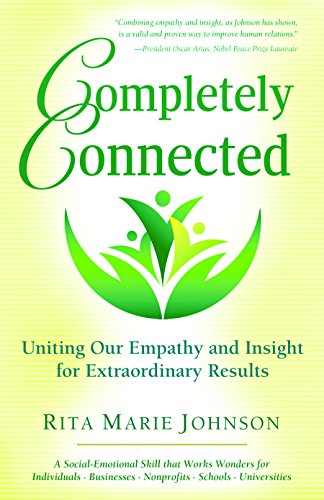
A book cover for Completely Connected: Uniting Our Empathy and Insight for Extraordinary Results; Rita Marie Johnson; Self-Help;